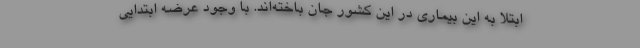
ابتلا به این بیماری در این کشور جان باخته‌اند. با وجود عرضه ابتدایی